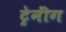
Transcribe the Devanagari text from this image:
ट्रेनींग